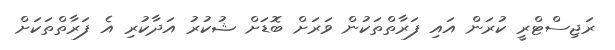
ރަޖިސްޓްރީ ކުރަން އައި ފަރާތްތަކުން ވަރަށް ބޮޑަށް ޝުކުރު އަދާކުރި އެ ފަރާތްތަކަށް